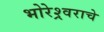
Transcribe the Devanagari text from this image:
भोरेश्र्वराचे